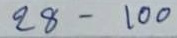
28 - 100